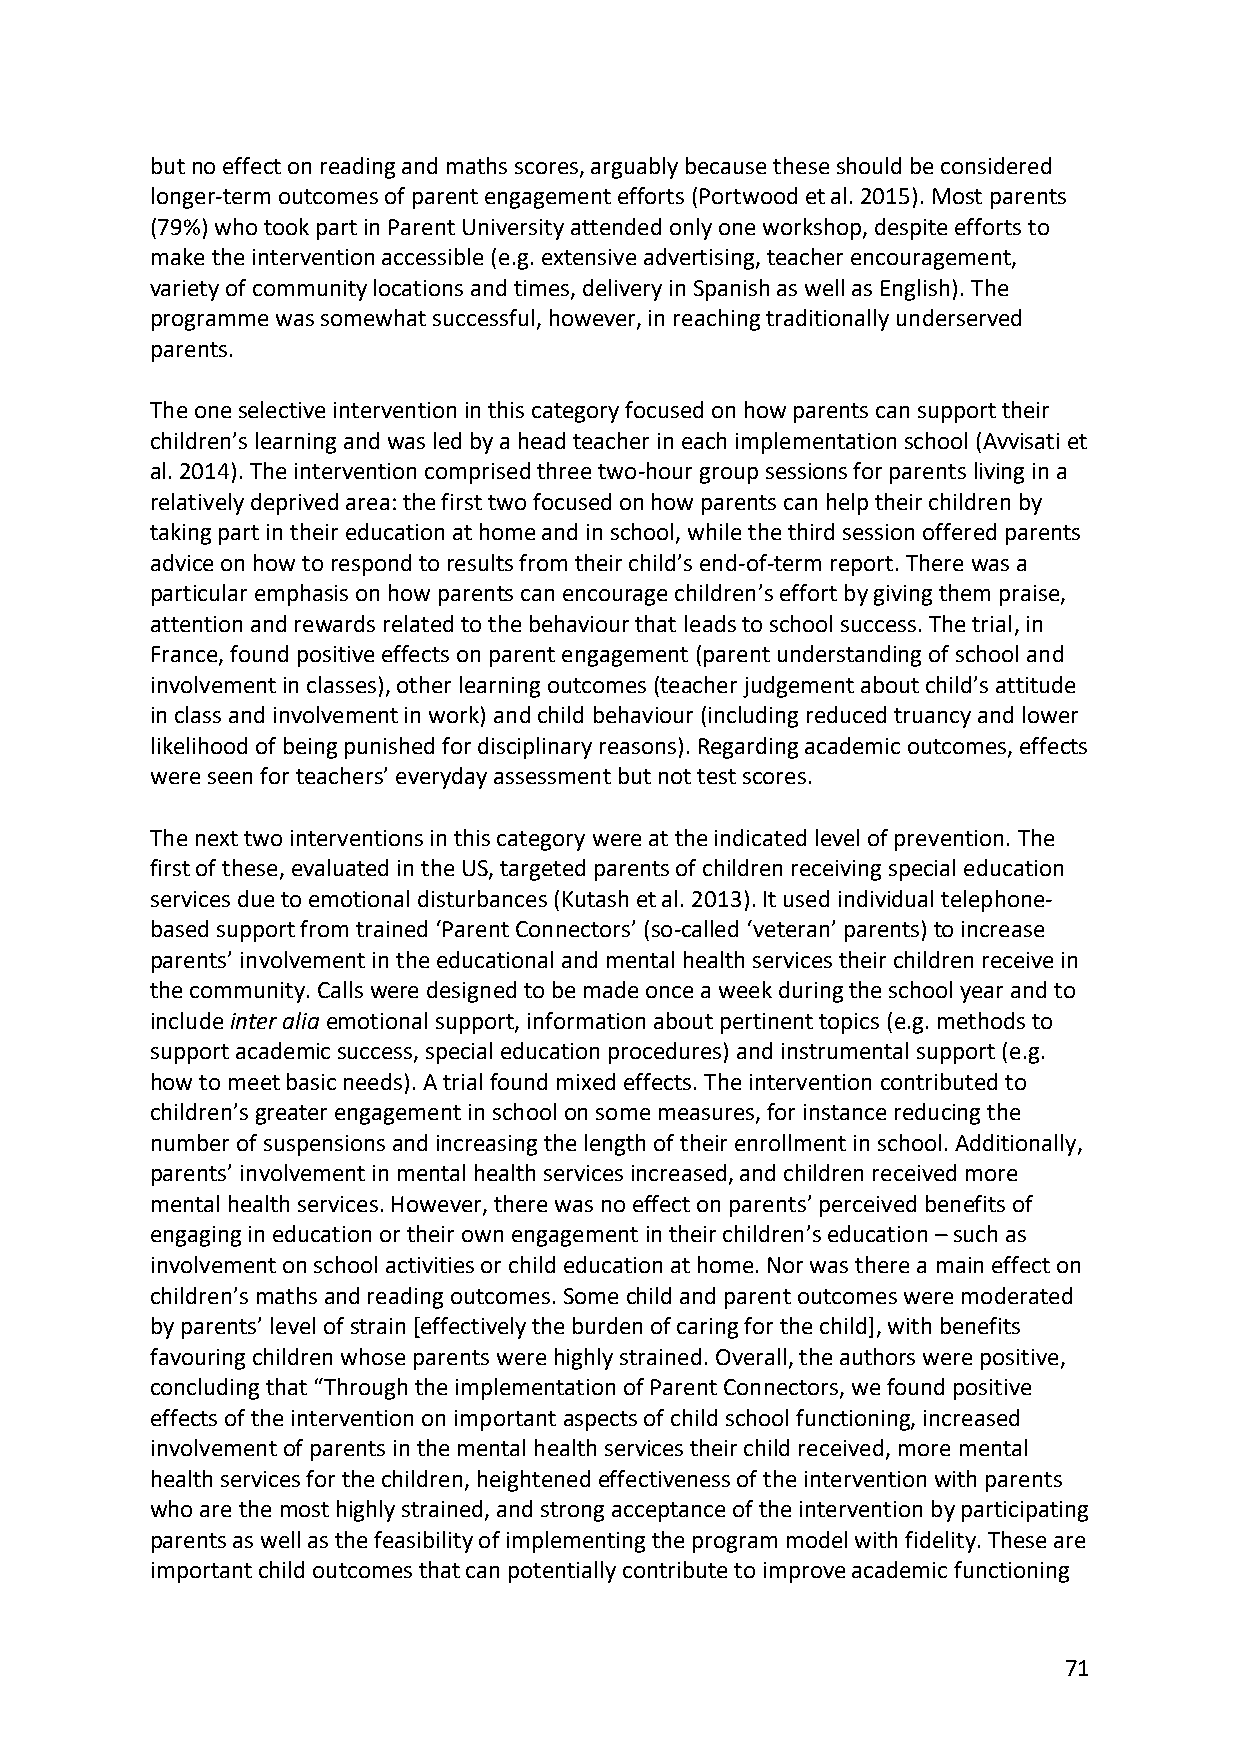
but no effect on reading and maths scores, arguably because these should be considered
 longer-term outcomes of parent engagement efforts (Portwood et al. 2015). Most parents
 (79%) who took part in Parent University attended only one workshop, despite efforts to
 make the intervention accessible (e.g. extensive advertising, teacher encouragement,
 variety of community locations and times, delivery in Spanish as well as English). The
 programme was somewhat successful, however, in reaching traditionally underserved
 parents.
 The one selective intervention in this category focused on how parents can support their
 children’s learning and was led by a head teacher in each implementation school (Avvisati et
 al. 2014). The intervention comprised three two-hour group sessions for parents living in a
 relatively deprived area: the first two focused on how parents can help their children by
 taking part in their education at home and in school, while the third session offered parents
 advice on how to respond to results from their child’s end-of-term report. There was a
 particular emphasis on how parents can encourage children’s effort by giving them praise,
 attention and rewards related to the behaviour that leads to school success. The trial, in
 France, found positive effects on parent engagement (parent understanding of school and
 involvement in classes), other learning outcomes (teacher judgement about child’s attitude
 in class and involvement in work) and child behaviour (including reduced truancy and lower
 likelihood of being punished for disciplinary reasons). Regarding academic outcomes, effects
 were seen for teachers’ everyday assessment but not test scores.
 The next two interventions in this category were at the indicated level of prevention. The
 first of these, evaluated in the US, targeted parents of children receiving special education
 services due to emotional disturbances (Kutash et al. 2013). It used individual telephone-
 based support from trained ‘Parent Connectors’ (so-called ‘veteran’ parents) to increase
 parents’ involvement in the educational and mental health services their children receive in
 the community. Calls were designed to be made once a week during the school year and to
 include inter alia emotional support, information about pertinent topics (e.g. methods to
 support academic success, special education procedures) and instrumental support (e.g.
 how to meet basic needs). A trial found mixed effects. The intervention contributed to
 children’s greater engagement in school on some measures, for instance reducing the
 number of suspensions and increasing the length of their enrollment in school. Additionally,
 parents’ involvement in mental health services increased, and children received more
 mental health services. However, there was no effect on parents’ perceived benefits of
 engaging in education or their own engagement in their children’s education – such as
 involvement on school activities or child education at home. Nor was there a main effect on
 children’s maths and reading outcomes. Some child and parent outcomes were moderated
 by parents’ level of strain [effectively the burden of caring for the child], with benefits
 favouring children whose parents were highly strained. Overall, the authors were positive,
 concluding that “Through the implementation of Parent Connectors, we found positive
 effects of the intervention on important aspects of child school functioning, increased
 involvement of parents in the mental health services their child received, more mental
 health services for the children, heightened effectiveness of the intervention with parents
 who are the most highly strained, and strong acceptance of the intervention by participating
 parents as well as the feasibility of implementing the program model with fidelity. These are
 important child outcomes that can potentially contribute to improve academic functioning
 71